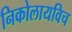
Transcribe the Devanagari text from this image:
निकोलायविच